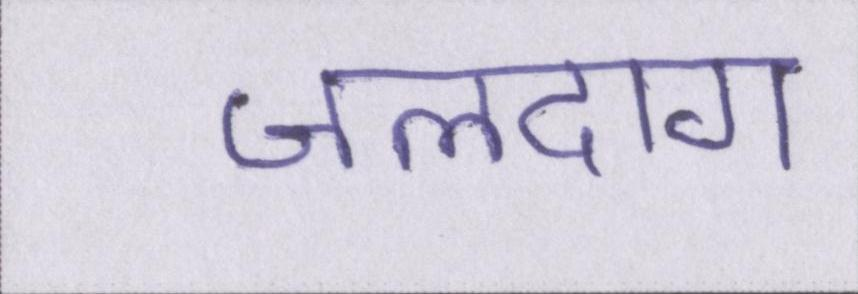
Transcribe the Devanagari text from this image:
जलदाग